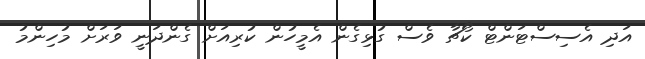
އަދި އެސިސްޓަންޓް ކޯޗާ ވެސް ގުޅިގެން އެމީހުން ކުރިއަށް ގެންދަނީ ވަރަށް މުހިންމު